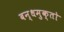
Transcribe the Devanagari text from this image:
बन्धमुक्तो